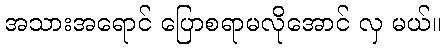
အသားအရောင် ပြောစရာမလိုအောင် လှ မယ်။